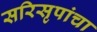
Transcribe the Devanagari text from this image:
सरिसृपांचा